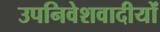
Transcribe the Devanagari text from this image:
उपनिवेशवादीयों